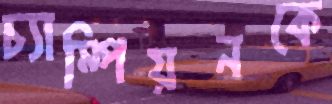
চ্যাম্পিয়নকে